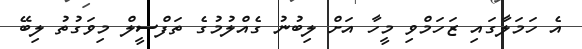
އެ ހަމަލާގައި ޒަހަމްވި މީހާ އަށް ލިބުނު ގެއްލުމުގެ ތަފްސީލް މިވަގުތު ލިބޭ